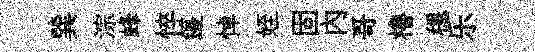
巽淙蜂悴籩悼姪固内哥櫓穩乐